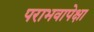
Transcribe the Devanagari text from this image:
पराभवापेक्षा